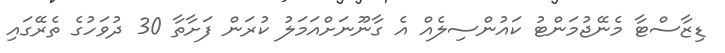
ޑިޒާސްޓާ މެނޭޖުމަންޓު ކައުންސިލެއް އެ ގާނޫނަށްއަމަލު ކުރަން ފަށާތާ 30 ދުވަހުގެ ތެރޭގައި